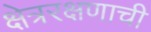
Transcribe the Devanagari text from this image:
क्षेत्ररक्षणाची